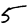
Digit: 5